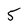
Character: 5